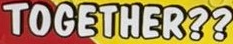
TOGETHER??